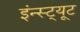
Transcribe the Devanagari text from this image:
इंन्स्ट्यूट